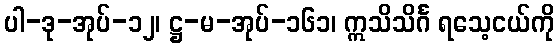
ပါ-ဒု-အုပ်-၁၂၊ ဋ္ဌ-မ-အုပ်-၁၆၁၊ ဣသိသိင်္ဂ ရသေ့ငယ်ကို